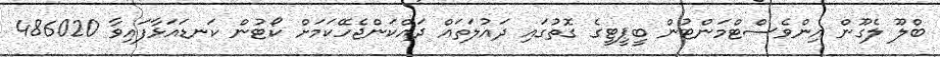
ބްލޫ ލެގޫން އިންވެސްޓްމަންޓުން ބީޕީޓީގެ ގޮތުގައި ދައުލަތައް ދައްކަންޖެހޭކަމަށް ކޯޓުން ކަނޑައަޅާފައިވާ 486020